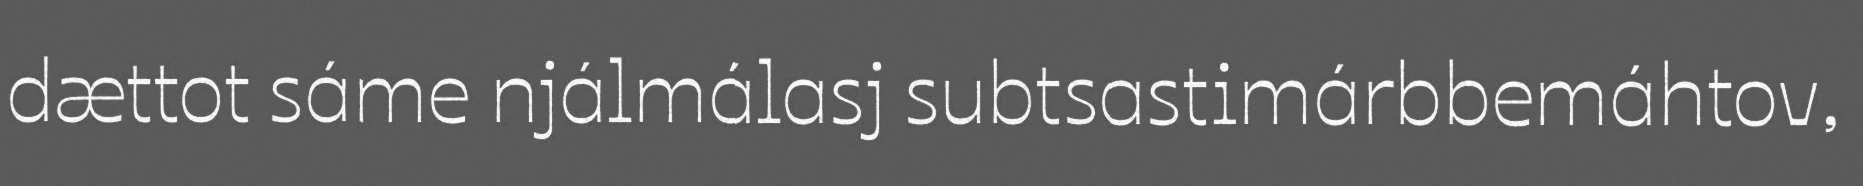
dættot sáme njálmálasj subtsastimárbbemáhtov,